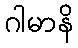
ဂါမာနိ